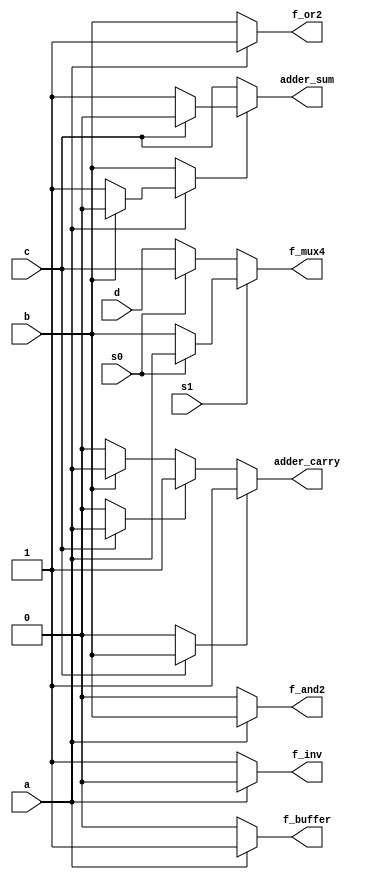
`timescale 1ns / 1ps
//////////////////////////////////////////////////////////////////////////////////
// Company: 
// Engineer: 
// 
// Design Name: 
// Module Name: mux2com
// Project Name: 
// Target Devices: 
// Tool Versions: 
// Description: 
// 
// Dependencies: 
// 
// Revision:
// Revision 0.01 - File Created
// Additional Comments:
// 
//////////////////////////////////////////////////////////////////////////////////


module mux2com(
    input       a,
    input       b,
    input       c,
    input       d,

    input       s0,s1,

    output      f_inv,
    output      f_buffer,
    output      f_and2,
    output      f_or2,
    output      f_mux4,

    output      adder_sum,
    output      adder_carry
    );

assign f_inv = a ? 0 : 1;

assign f_buffer = a ? 1 : 0;

assign f_and2 = a ? b : 0;

assign f_or2 = a ? 1 : b;

assign f_mux4 = s1 ? (s0?a:b) : (s0?c:d);

assign adder_sum = (a?(b?0:1):b)?(c?0:1):c;     
assign adder_carry = (c?b:0)?1:((c?a:0)?1:(b?a:0));
endmodule